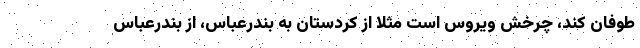
طوفان کند، چرخش ویروس است مثلا از کردستان به بندرعباس، از بندرعباس